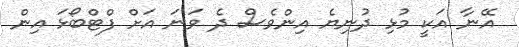
އޭނާ އަކީ މުޅި ދުނިޔެ އިންވެސް ދެ ވަނަ އަށް ފްޓްބޯޅަ އިން